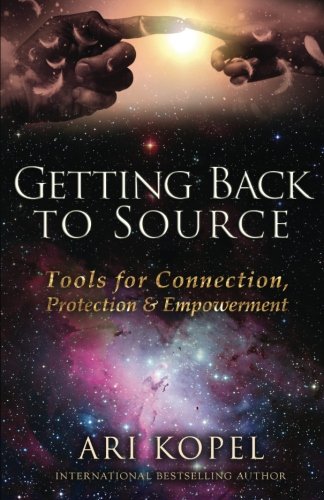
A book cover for Getting Back to Source: Tools of Connection, Protection & Empowerment; Ari Kopel; Self-Help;